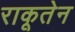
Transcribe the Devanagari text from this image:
राकूतेन